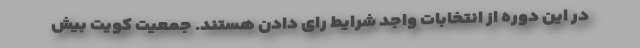
در این دوره از انتخابات واجد شرایط رای دادن هستند. جمعیت کویت بیش